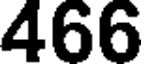
466